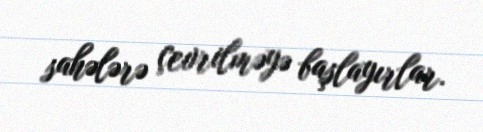
sahələrə çevrilməyə başlayırlar.